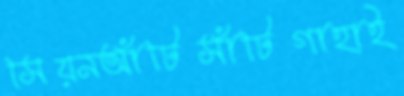
সিয়নআঁটিসাঁটিগাহাই